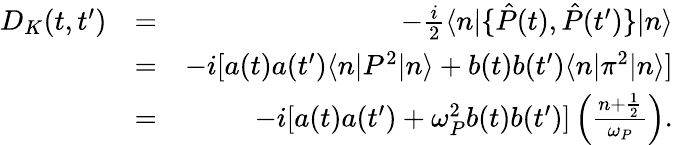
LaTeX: \begin{array}{rlr}{D_{K}(t,t^{\prime})}&{=}&{-\frac{i}{2}\langle n|\{ \hat{P}(t),\hat{P}(t^{\prime})\} |n\rangle}\\ &{=}&{-i[a(t)a(t^{\prime})\langle n\vert P^{2}\vert n\rangle+b(t)b(t^{\prime})\langle n\vert\pi^{2}\vert n\rangle]}\\ &{=}&{-i[a(t)a(t^{\prime})+\omega_{P}^{2}b(t)b(t^{\prime})]\left(\frac{n+\frac{1}{2}}{\omega_{P}}\right).}\end{array}